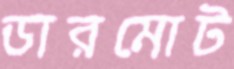
ডারমোট